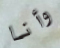
وأنا